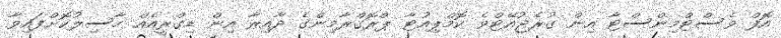
އޮފް ވެސްޓްމިންސްޓާ އިން ގުރެޖުއޭޓްވެ ކޮމްޕިއުޓާ ޕްރޮގްރާމިންގެ ދާއިރާ އިން ޑިގްރީއެއް ހާސިލުކޮށްފައިވާ